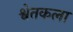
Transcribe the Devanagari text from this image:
श्वेतकला